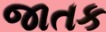
જાતક